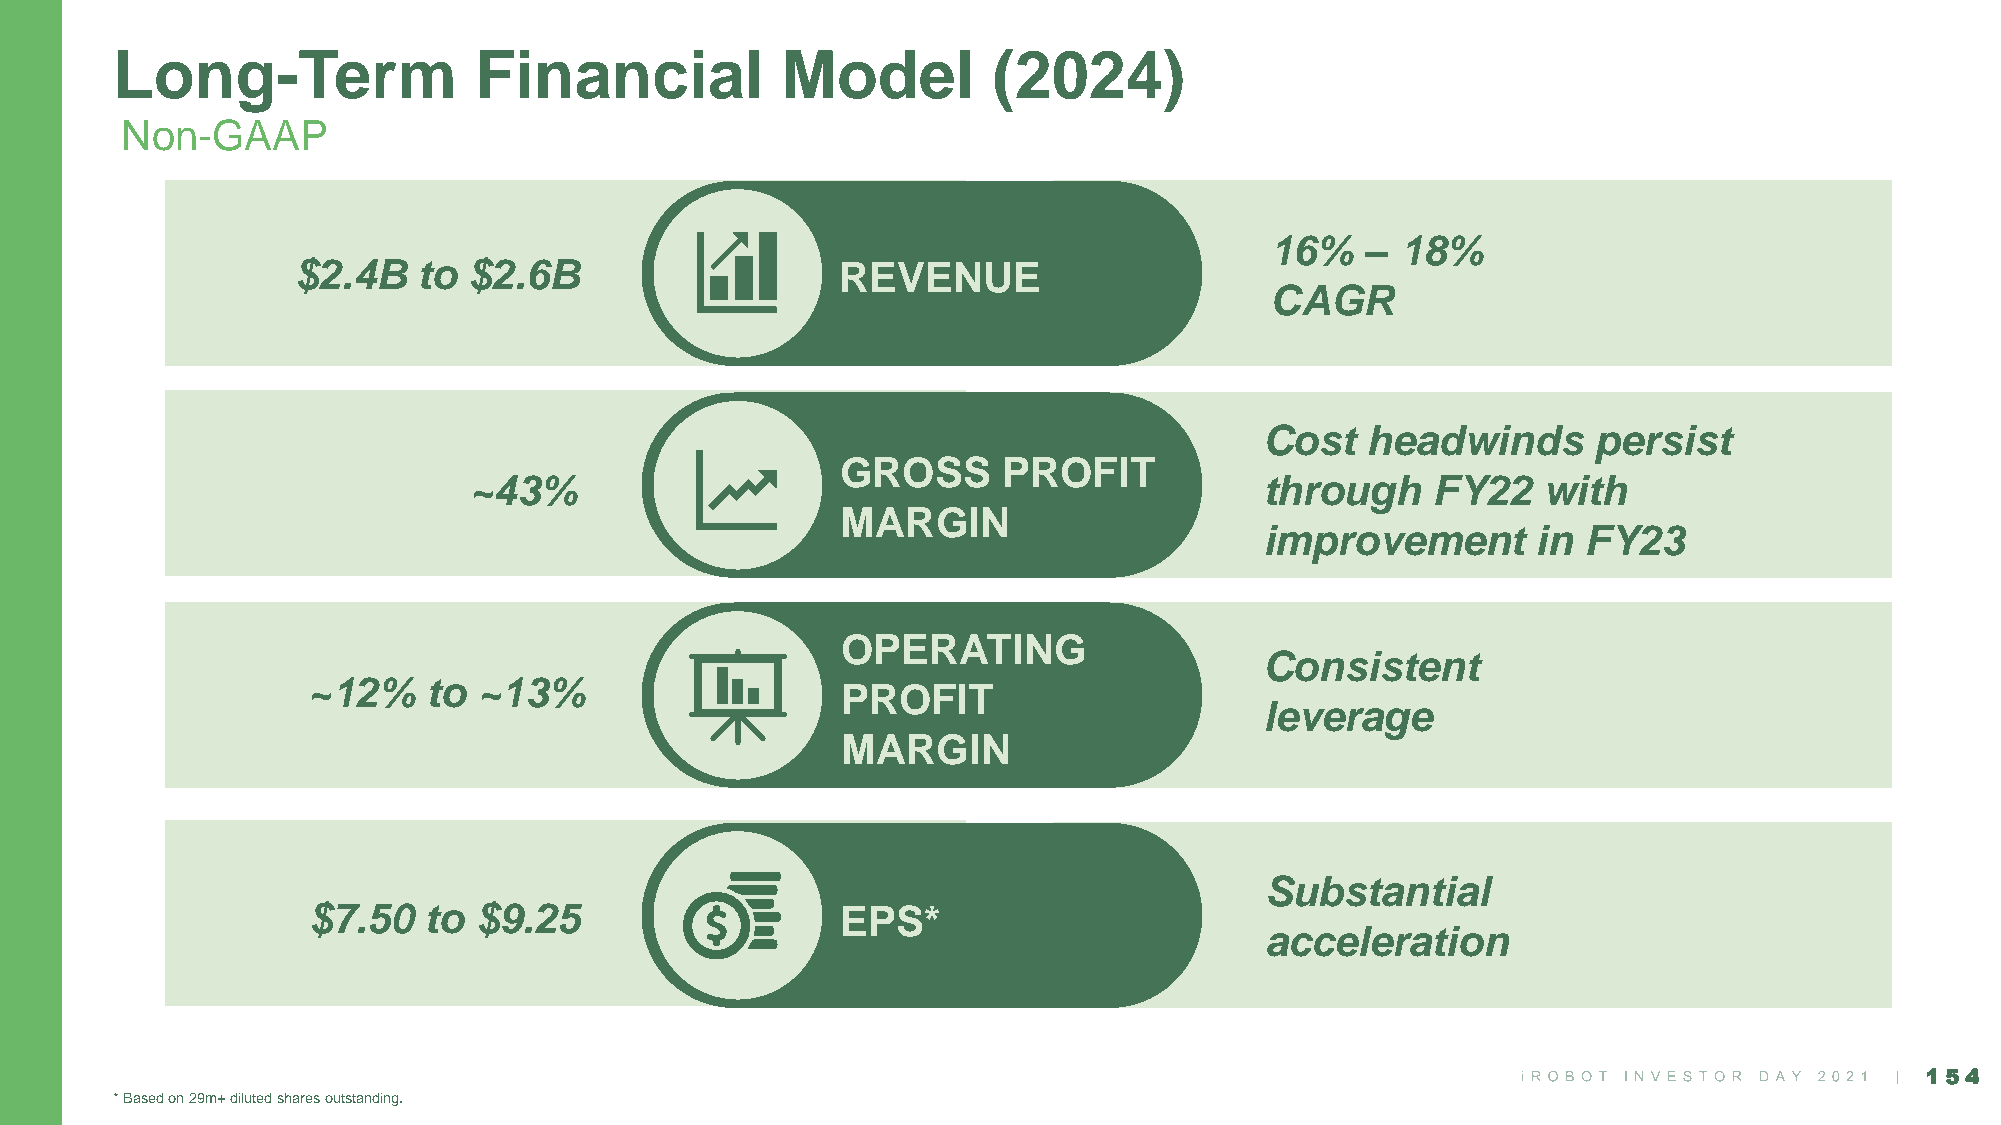
Long-Term               Financial            Model         (2024)
 Non-GAAP
 16%   –  18%
 $2.4B    to $2.6B                    REVENUE
 CAGR
 Cost  headwinds       persist
 GROSS     PROFIT
 ~43%                                                 through    FY22   with
 MARGIN
 improvement       in FY23
 OPERATING
 Consistent
 ~12%    to  ~13%
 PROFIT
 leverage
 MARGIN
 Substantial
 $7.50   to $9.25                    EPS*
 acceleration
 154
 * Based on 29m+ diluted shares outstanding.